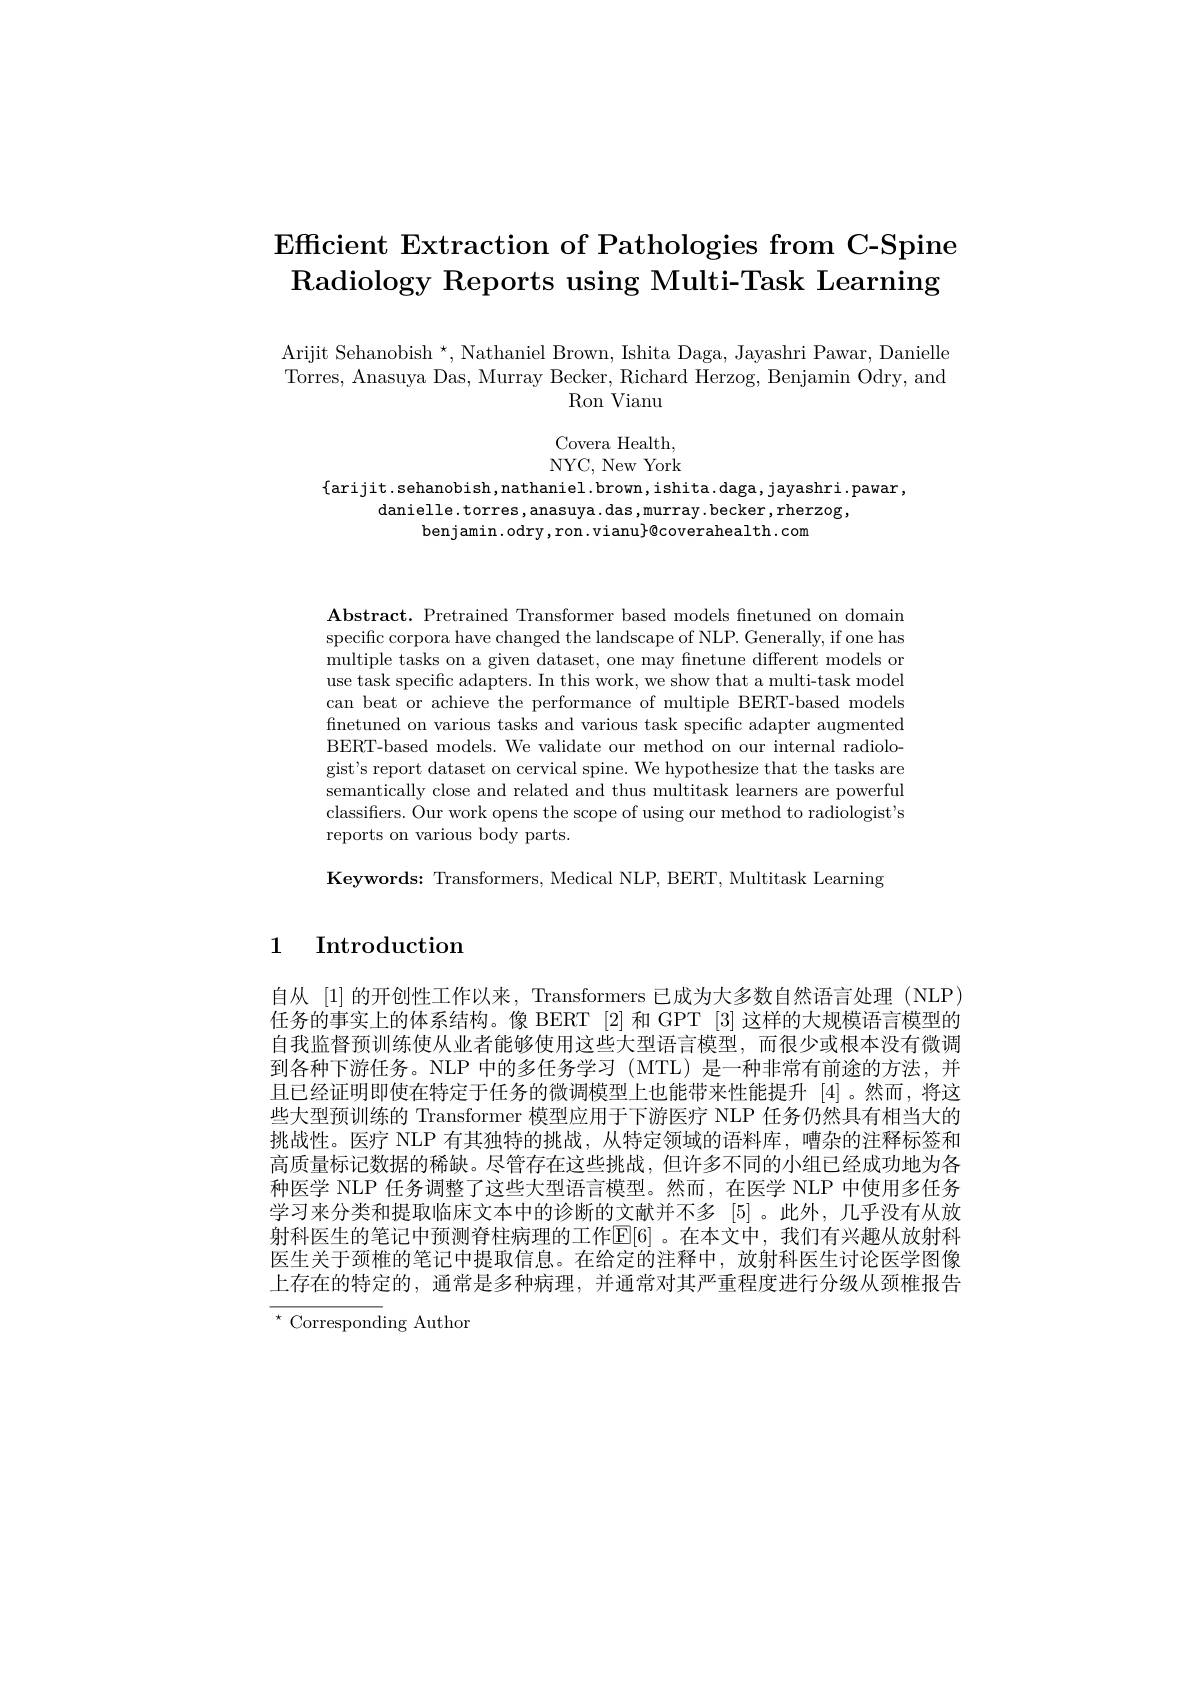
# $\textbf{Efficient Extraction of Pathologies from C- Spine}$ Radiology Reports using Multi-Task Learning

Arijit Sehanobish $^\star$,Nathaniel Brown, Ishita Daga, Jayashri Pawar, Danielle Torres, Anasuya Das, Murray Becker, Richard Herzog, Benjamin Odry, and
$\operatorname{Ron}$Vianu

Covera Health, NYC, New York

$\{$arijit.sehanobish,nathaniel.brown,ishita.daga,jayashri.pawar,
danielle.torres,anasuya.das,murray.becker,rherzog,
benjamin.odry,ron.vianu$\}$@coverahealth.com

$\textbf{Abstract. Pretrained Transformer based models finetuned on domain}$ specific corpora have changed the landscape of NLP. Generally, if one has multiple tasks on a given dataset, one may finetune different models or use task specific adapters. In this work, we show that a multi-task model can beat or achieve the performance of multiple BERT-based models finetuned on various tasks and various task specific adapter augmented BERT-based models. We validate our method on our internal radiologist's report dataset on cervical spine. We hypothesize that the tasks are semantically close and related and thus multitask learners are powerful classifiers. Our work opens the scope of using our method to radiologist's reports on various body parts.

Keywords: Transformers, Medical NLP, BERT, Multitask Learning

# 1 Introduction

自从 [1] 的开创性工作以来，Transformers 已成为大多数自然语言处理 (NLP) 任务的事实上的体系结构。像 BERT [2] 和 GPT [3] 这样的大规模语言模型的自我监督预训练使从业者能够使用这些大型语言模型，而很少或根本没有微调到各种下游任务。NLP 中的多任务学习 (MTL) 是一种非常有前途的方法，并且已经证明即使在特定于任务的微调模型上也能带来性能提升「4]。然而，将这些大型预训练的 Transformer 模型应用于下游医疗 NLP 任务仍然具有相当大的挑战性。医疗 NLP 有其独特的挑战，从特定领域的语料库，嘈杂的注释标签和高质量标记数据的稀缺。尽管存在这些挑战，但许多不同的小组已经成功地为各种医学 NLP 任务调整了这些大型语言模型。然而，在医学 NLP 中使用多任务学习来分类和提取临床文本中的诊断的文献并不多[5]。此外，几乎没有从放射科医生的笔记中预测脊柱病理的工作E[6]。在本文中，我们有兴趣从放射科医生关于颈椎的笔记中提取信息。在给定的注释中，放射科医生讨论医学图像上存在的特定的，通常是多种病理，并通常对其严重程度进行分级从颈椎报告$^{\star}$Corresponding Author